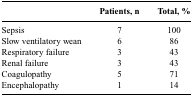
<table><thead><tr><td></td><td><b>Patients, n</b></td><td><b>Total, %</b></td></tr></thead><tbody><tr><td>Sepsis</td><td>7</td><td>100</td></tr><tr><td>Slow ventilatory wean</td><td>6</td><td>86</td></tr><tr><td>Respiratory failure</td><td>3</td><td>43</td></tr><tr><td>Renal failure</td><td>3</td><td>43</td></tr><tr><td>Coagulopathy</td><td>5</td><td>71</td></tr><tr><td>Encephalopathy</td><td>1</td><td>14</td></tr></tbody></table>